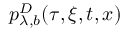
p _ { \lambda , b } ^ { D } ( \tau , \xi , t , x )